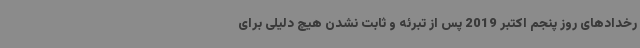
رخدادهای روز پنجم اکتبر 2019 پس از تبرئه و ثابت نشدن هیچ دلیلی برای